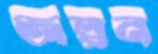
জল্পন